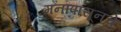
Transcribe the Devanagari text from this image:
मनापासूनचे